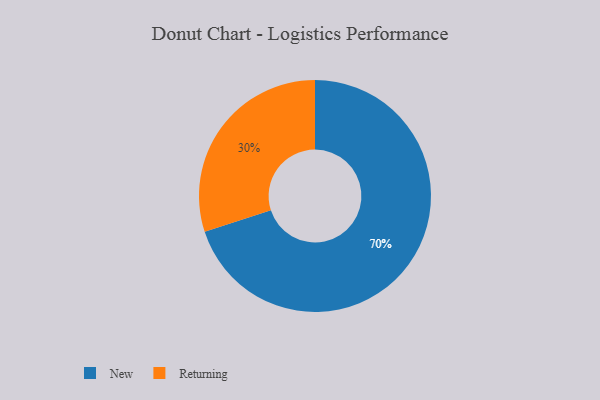
{"axis": {"x": "Category", "y": "Percentage"}, "legend": ["New", "Returning"], "data": [{"x": "Returning", "y": 30, "type": "Returning"}, {"x": "New", "y": 70, "type": "New"}]}